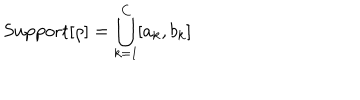
LaTeX: \mathrm { S u p p o r t } [ \rho ] = \bigcup _ { k = 1 } ^ { C } [ a _ { k } , b _ { k } ]